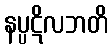
နပ္ပဋိလဘတိ